Annual statistical returns and brief notes on vaccination in Bengal - 1909-1929
Year: 1909
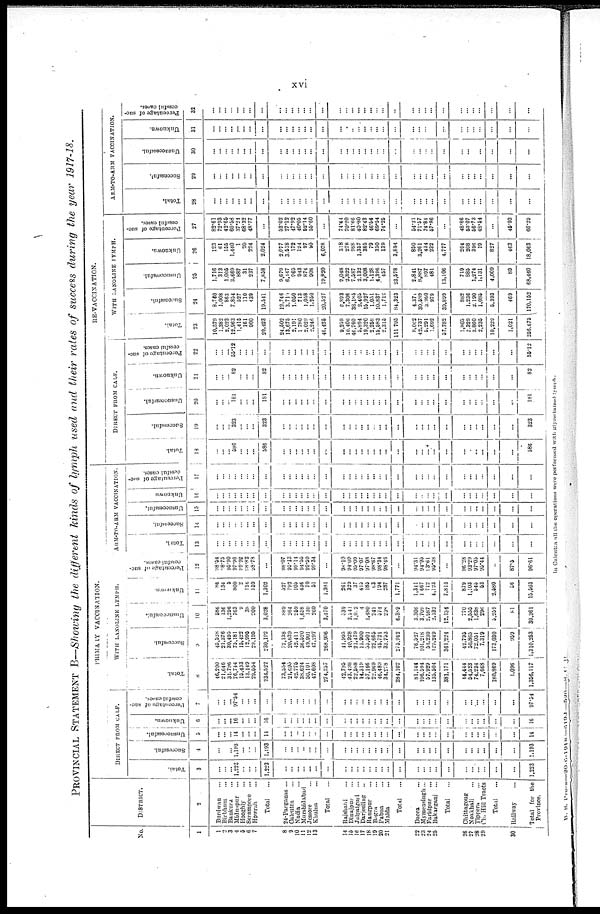
xvi
PROVINCIAL STATEMENT B—Showing the different kinds of lymph used and their rates of success during the year 1917-18.
No.
1
1
2
3
4
5
6
7
8
9
10
11
12
13
14
15
16
17
18
19
20
21
22
23
24
25
26
27
28
29
30
DISTRICT.
2
Burdwan...
Birbhum...
Bankura...
Midnapur...
Hooghly...
Serampore...
Howrah...
Total...
24-Parganas ...
Calcutta...
Nadia...
Murshidabad
Jessore...
Khulna...
Total...
Rajshahi...
Dinajpur...
Jalpaiguri...
Darjeeling...
Rangpur...
Bogra...
Pabna...
Malda...
Total...
Dacca...
Mymensingh...
Faridpur...
Bakarganj...
Total...
Chittngong...
Noakhali...
Tippera...
Ch. Hill Tracts
Total...
Railway...
Total for the
Province.
PRIMARY VACCINATION.
DIRECT FROM
Total.
3
...
...
...
1,223
...
...
...
1,223
...
...
...
...
...
...
...
...
...
...
...
...
...
...
...
...
...
...
...
...
...
...
...
...
...
...
...
1,223
Successful.
4
...
...
...
1,193
...
...
...
1,193
...
...
...
...
...
...
...
...
...
...
...
...
...
...
...
...
...
...
...
...
...
...
...
...
...
...
...
1,193
Uns uc c e s s f
ul.
5
...
...
...
14
... ...
...
14
...
...
...
...
...
...
...
...
...
...
...
...
...
...
...
...
...
...
... ...
...
...
...
...
...
...
...
14
CALF.
Un k n o wn .
6
...
...
... 16
...
...
...
16
...
...
...
...
...
...
...
...
...
...
...
...
...
...
...
...
...
...
...
...
...
...
...
...
...
...
...
16
P ercentage of suc-
cessful cases.
7
...
...
...
97.54
...
...
...
...
...
...
...
...
...
...
...
...
...
...
...
...
...
...
...
...
...
...
...
...
...
...
...
...
...
...
...
97.34
WITH LANOLINE LYMPH.
Total.
8
46,200
21,646
31,796
76,744
15,433
13,149
29,554
234,522
73,554
21,695
42,775
38,624
50,101
47,603
274,357
42,795
43,498
22,588
14,319
57,166
22,969
46,489
34,278
284,102
81,144
106,594
57,929
135,504
381,171
44,444
54,523
74,234
7,668
180,869
1,096
1,356,117
Successful.
9
45,528
21,376
30,495
75,181
15,422
12,995
29,195
230,192
72,138
20,639
42,411
36,520
49,901
47,297
268,906
41,995
40,928
21,479
13,900
55,501
22,665
45,721
33,753
275,942
76,527
101,218
54,230
129,249
361,224
42,795
50,865
72,051
7,319
173,030
959
1,310,253
Unsuccessful.
10
586
136
1,296
763
9
38
200
3,028
889
264
259
1,658
130
260
3,470
539
2,241
1,002
4
1,480
241
574
238
6,389
3,306
3,709
2,987
2,132
12,134
770
2,555
1,638
296
5,259
81
30,361
Unknown.
11
86
134
5
800
2
116
159
1,302
527
792
105
436
70
51
1,981
261
329
37
415
185
63
194
287
1,771
1,311
1,667
712
4,123
7,813
879
1,103
545
53
2,580
56
15,503
Percentage of suc-
cessful cases.
12
98.54
98.75
95.90
97.96
99.92
98. 82
98.78
...
98.07
95.13
99.14
94.55
99.59
99.34
...
98.10
94.09
95.09
97.07
97.08
98.67
98.34
98.46
...
94.31
94.95
93.61
95.38
...
96.28
93.29
97.05
95.44
...
87.5
96.61
ARM-TO-ARM VACCINATION.
Total.
13
...
...
...
...
...
...
...
...
...
...
...
...
...
...
...
...
...
...
...
...
...
...
...
...
...
...
...
...
...
...
...
...
...
...
...
...
Successful.
14
...
...
...
...
...
...
...
...
...
...
...
...
...
...
...
...
...
...
...
...
...
...
...
...
...
...
...
...
...
...
...
...
...
...
...
...
Unsuccessful.
15
...
...
...
...
...
...
...
...
...
...
...
...
...
...
...
...
...
...
...
...
...
...
...
...
...
...
...
...
...
...
...
...
...
...
...
...
Unknown
16
...
...
...
...
...
...
...
...
...
...
...
...
...
...
...
...
...
...
...
...
...
...
...
...
...
...
...
...
...
...
...
...
...
...
...
...
Percentage of suc-
cessful cases.
17
...
...
...
...
...
...
...
...
...
...
...
...
...
...
...
...
...
...
...
...
...
...
...
...
...
...
...
...
...
...
...
...
...
...
...
...
RE-VACCINATION.
DIRECT FROM CALF.
Total.
18
...
...
...
586
...
...
...
586
...
...
...
...
...
...
...
...
...
...
...
...
...
...
...
...
...
...
...
...
...
...
...
...
...
...
...
586
Successful.
19
...
...
...
323
...
...
...
323
...
...
...
...
...
...
...
...
...
...
...
...
...
...
...
...
...
...
...
...
...
...
...
...
...
...
...
323
Unsuccessful.
20
...
...
... 181
...
...
...
181
...
...
...
...
...
...
...
...
...
...
...
...
...
...
...
...
...
...
...
...
...
...
...
...
...
...
...
181
Unknown.
21
...
...
...
82
...
...
...
82
...
...
...
...
...
...
...
...
...
...
...
...
...
...
...
...
...
...
...
...
...
...
...
...
...
...
...
82
Percentage of suc-
cessful cases.
22
...
...
...
55.12
...
...
...
...
...
... ...
...
...
...
...
...
...
...
...
...
...
...
...
...
...
...
...
...
...
...
...
...
...
...
...
55.12
WITH LANOLINE LYMPH.
Total.
23
10,579
1,382
2,023
12,963
1,415
161
900
29,423
24,502
13,675
2,191
1,780
2,029
2,248
46,425
9,239
10,406
46,760
5,894
19,320
2,258
15,583
2,315
111,795
8,062
42,737
5,291
1,692
57,782
1,805
2,329
3,860
2,235
10,229
1,021
266,675
Successful.
24
8,740
1,008
863
7,854
527
110
439
19,541
12,746
3,710
1,050
713
1,058
1,250
20,527
6,893
7,306
38,185
2,403
15,927
1,051
10,837
1,719
84,323
4,371
30,589
3,960
979
39,899
882
1,236
2,190
1,086
5,393
469
170,152
Unsuccessful.
25
1,716
313
1,005
3,669
887
31
237
7,858
9,679
6,147
969
943
874
908
19,820
2,048
2,822
7,587
2,132
3,008
1,128
4,396
457
23,578
2,841
8,887
897
481
13,106
719
885
1,274
1,131
4,009
89
68,460
Uuknown.
26
123
61
155
1,440
1
20
224
2,024
2,077
3,518
172
124
97
90
6,078
318
278
988
1,367
385
79
350
139
3,894
850
3,261
434
232
4,777
204
208
396
19
827
463
18,063
Percentage of suc-
cessful cases.
27
82.61
72.93
42.65
60.58
37.24
68.32
48.77
...
52.02
27.12
47.92
40.05
52.14
55.60
...
74.44
70.20
81.66
40.80
82.43
46.54
69.64
74.25
...
54.21
71.57
74.84
57.86
...
48.86
53.07
56.73
48.54
...
46.93
66.29
ARM-TO-ARM VACCINATION.
Total.
28
...
...
...
...
...
...
...
...
...
...
...
...
...
...
...
...
...
...
...
...
...
...
...
...
...
...
...
...
...
...
...
...
...
...
...
...
Successful.
29
...
...
...
...
...
...
...
...
...
...
...
...
...
...
...
...
...
...
...
...
...
...
...
...
...
...
...
...
...
...
...
...
...
...
...
...
Unsuccessful.
30
...
...
...
...
...
...
...
...
...
...
...
...
...
...
...
...
...
...
...
...
...
...
...
...
...
...
...
...
...
...
...
...
...
...
...
...
Unknown.
31
...
...
...
...
...
...
...
...
...
...
...
...
...
...
...
...
...
...
...
...
...
...
...
...
...
...
...
...
...
...
...
...
...
...
...
...
Percentage of suc-
cessful cases.
32
...
...
...
...
...
...
...
...
...
...
...
...
...
...
...
...
...
...
...
...
...
...
...
...
...
...
...
...
...
...
...
...
...
...
...
...
In Calcutta all the operations were performed with glycerinized
lymph.
B. S. Press—20-6-1918—619J—520—S. C. B.